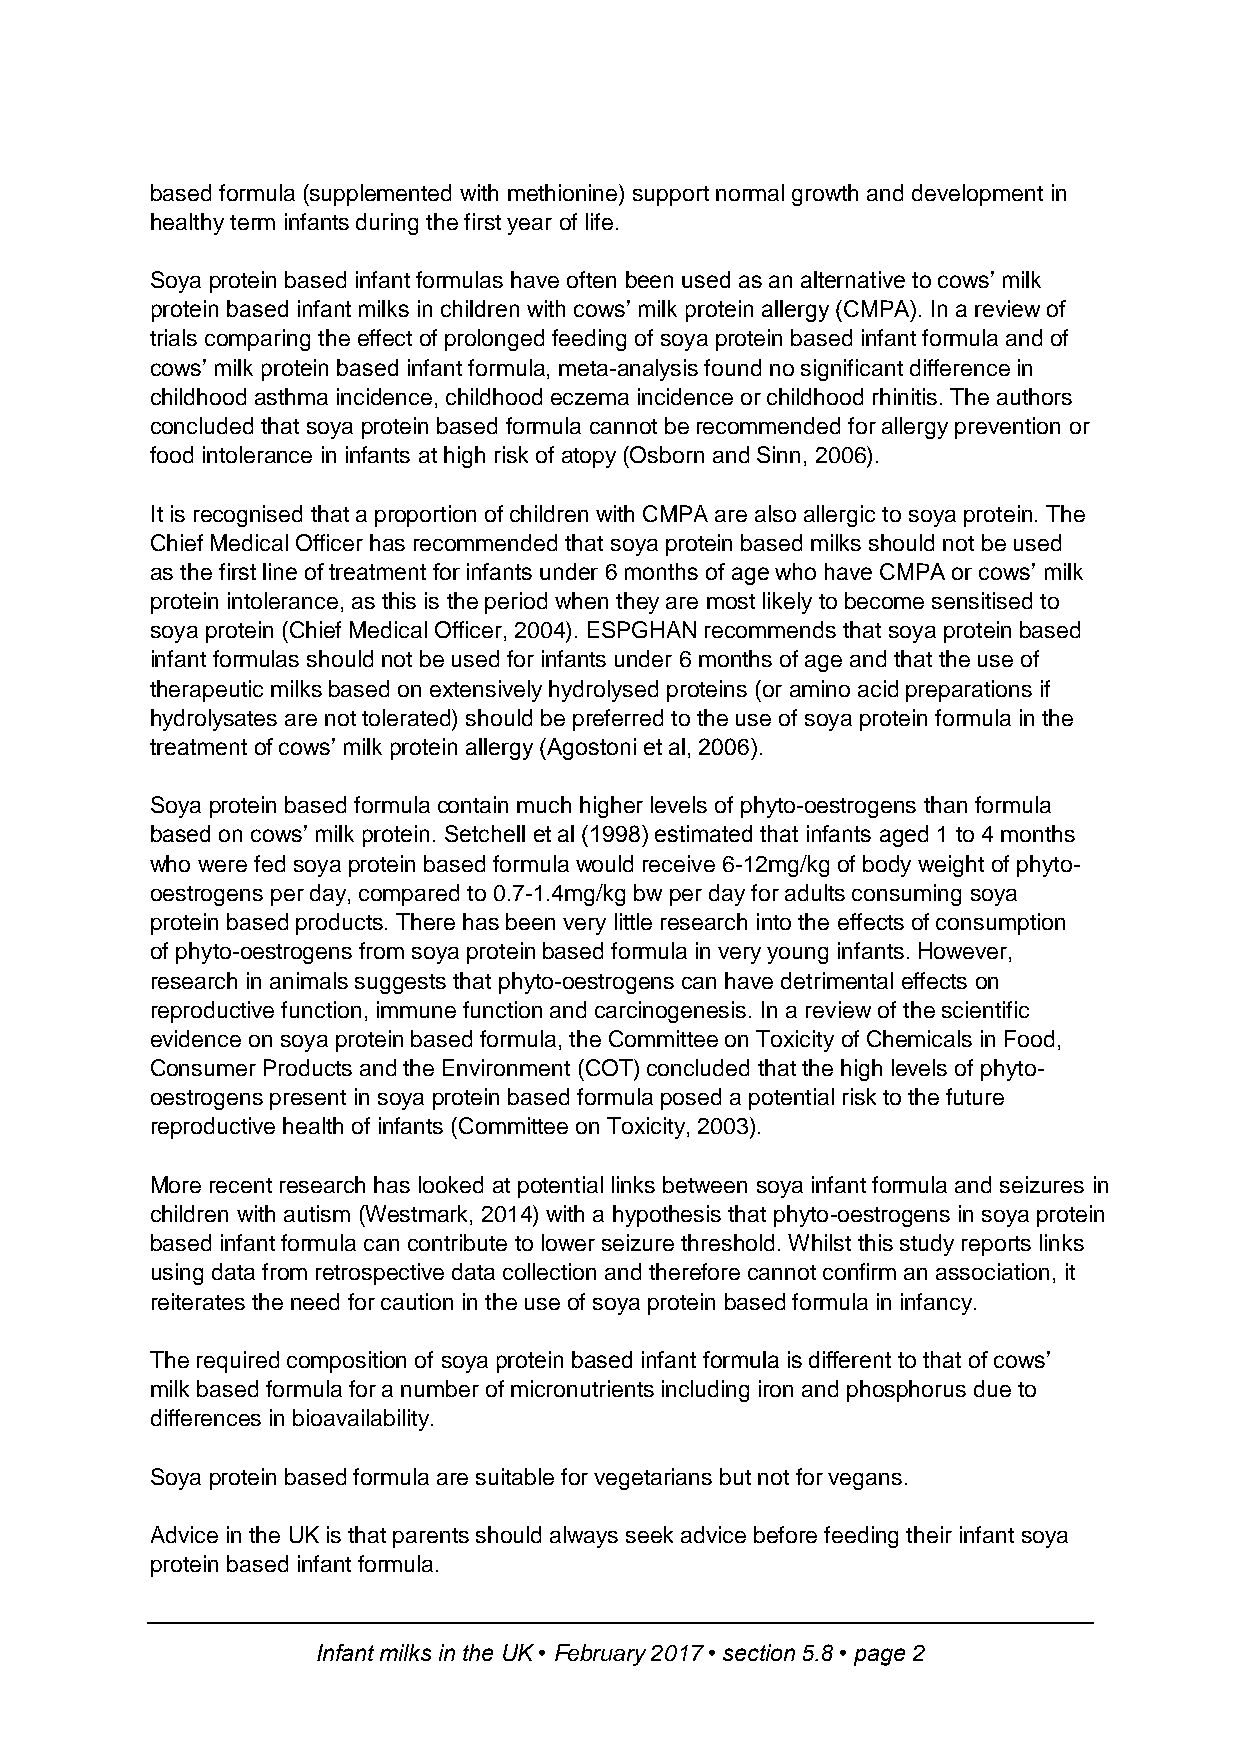
based formula (supplemented with methionine) support normal growth and development in
 healthy term infants during the first year of life.
 Soya protein based infant formulas have often been used as an alternative to cows’ milk
 protein based infant milks in children with cows’ milk protein allergy (CMPA). In a review of
 trials comparing the effect of prolonged feeding of soya protein based infant formula and of
 cows’ milk protein based infant formula, meta-analysis found no significant difference in
 childhood asthma incidence, childhood eczema incidence or childhood rhinitis. The authors
 concluded that soya protein based formula cannot be recommended for allergy prevention or
 food intolerance in infants at high risk of atopy (Osborn and Sinn, 2006).
 It is recognised that a proportion of children with CMPA are also allergic to soya protein. The
 Chief Medical Officer has recommended that soya protein based milks should not be used
 as the first line of treatment for infants under 6 months of age who have CMPA or cows’ milk
 protein intolerance, as this is the period when they are most likely to become sensitised to
 soya protein (Chief Medical Officer, 2004). ESPGHAN recommends that soya protein based
 infant formulas should not be used for infants under 6 months of age and that the use of
 therapeutic milks based on extensively hydrolysed proteins (or amino acid preparations if
 hydrolysates are not tolerated) should be preferred to the use of soya protein formula in the
 treatment of cows’ milk protein allergy (Agostoni et al, 2006).
 Soya protein based formula contain much higher levels of phyto-oestrogens than formula
 based on cows’ milk protein. Setchell et al (1998) estimated that infants aged 1 to 4 months
 who were fed soya protein based formula would receive 6-12mg/kg of body weight of phyto-
 oestrogens per day, compared to 0.7-1.4mg/kg bw per day for adults consuming soya
 protein based products. There has been very little research into the effects of consumption
 of phyto-oestrogens from soya protein based formula in very young infants. However,
 research in animals suggests that phyto-oestrogens can have detrimental effects on
 reproductive function, immune function and carcinogenesis. In a review of the scientific
 evidence on soya protein based formula, the Committee on Toxicity of Chemicals in Food,
 Consumer Products and the Environment (COT) concluded that the high levels of phyto-
 oestrogens present in soya protein based formula posed a potential risk to the future
 reproductive health of infants (Committee on Toxicity, 2003).
 More recent research has looked at potential links between soya infant formula and seizures in
 children with autism (Westmark, 2014) with a hypothesis that phyto-oestrogens in soya protein
 based infant formula can contribute to lower seizure threshold. Whilst this study reports links
 using data from retrospective data collection and therefore cannot confirm an association, it
 reiterates the need for caution in the use of soya protein based formula in infancy.
 The required composition of soya protein based infant formula is different to that of cows’
 milk based formula for a number of micronutrients including iron and phosphorus due to
 differences in bioavailability.
 Soya protein based formula are suitable for vegetarians but not for vegans.
 Advice in the UK is that parents should always seek advice before feeding their infant soya
 protein based infant formula.
 Infant milks in the UK • February 2017 • section 5.8 • page 2